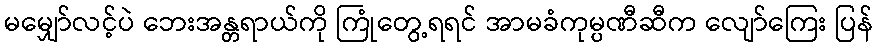
မမျှော်လင့်ပဲ ဘေးအန္တရာယ်ကို ကြုံတွေ့ရရင် အာမခံကုမ္ပဏီဆီက လျော်ကြေး ပြန်